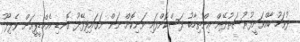
ދުވަހު ބާއްވަނީފުރުސަތުދޭން އިންތިހާބު ފަސްކޮށްފައި ވަނިކޮށް ނަން ނަގައިފިފޭދޫ ގޮނޑި އެމްޑީޕީއަށް ވެލިދޫ